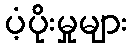
ပံ့ပိုးမှုများ